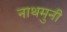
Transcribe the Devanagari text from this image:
नाथमुनी